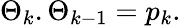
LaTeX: \Theta_{k}.\Theta_{k-1}=p_{k}.